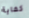
كفاية